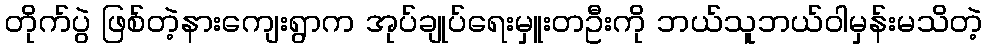
တိုက်ပွဲ ဖြစ်တဲ့နားကျေးရွာက အုပ်ချုပ်ရေးမှူးတဦးကို ဘယ်သူဘယ်ဝါမှန်းမသိတဲ့